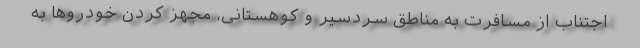
اجتناب از مسافرت به مناطق سردسیر و کوهستانی، مجهز کردن خودروها به